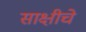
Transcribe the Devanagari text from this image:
साक्षीचे